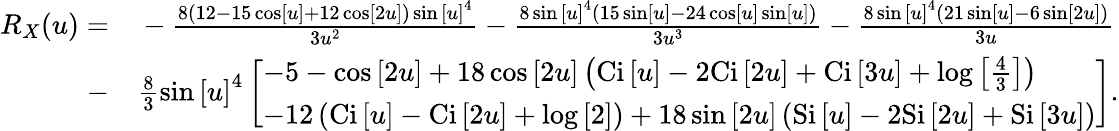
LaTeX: \begin{array}{rl}{{R_{X}}(u)=}&{{}-\frac{{8\left({12-15\cos\left[u\right]+12\cos\left[{2u}\right]}\right)\sin{{\left[u\right]}^{4}}}}{{3{u^{2}}}}-\frac{{8\sin{{\left[u\right]}^{4}}\left({15\sin\left[u\right]-24\cos\left[u\right]\sin\left[u\right]}\right)}}{{3{u^{3}}}}-\frac{{8\sin{{\left[u\right]}^{4}}\left({21\sin\left[u\right]-6\sin\left[{2u}\right]}\right)}}{{3u}}}\\ {-}&{{}\frac{8}{3}\sin{\left[u\right]^{4}}\left[\begin{array}{l}{-5-\cos\left[{2u}\right]+18\cos\left[{2u}\right]\left({\mathrm{{Ci}}\left[u\right]-2\mathrm{{Ci}}\left[{2u}\right]+\mathrm{{Ci}}\left[{3u}\right]+\log\left[{\frac{4}{3}}\right]}\right)}\\ {-12\left({\mathrm{{Ci}}\left[u\right]-\mathrm{{Ci}}\left[{2u}\right]+\log\left[2\right]}\right)+18\sin\left[{2u}\right]\left({\mathrm{{Si}}\left[u\right]-2\mathrm{{Si}}\left[{2u}\right]+\mathrm{{Si}}\left[{3u}\right]}\right)}\end{array}\right].}\end{array}